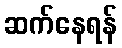
ဆက်နေရန်